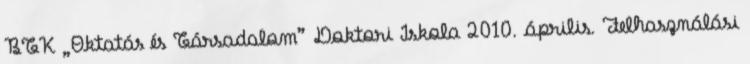
BTK „Oktatás és Társadalom” Doktori Iskola 2010. április. Felhasználási